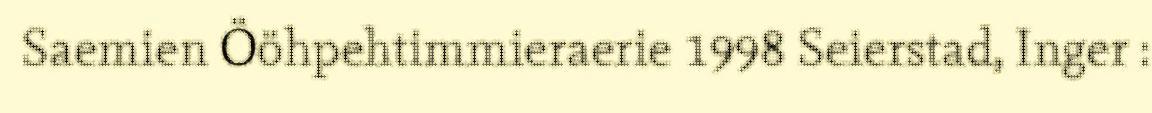
Saemien Ööhpehtimmieraerie 1998 Seierstad, Inger :